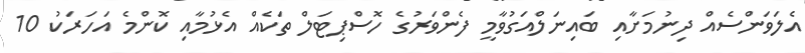
އެލަވަންސެއް ދިނުމަށާއި ބައިނަލްއަގުވާމީ ފެންވަރުގެ ހޮސްޕިޓަލް ތަކެއް އެޅުމާއި ކޮންމެ އަހަރަކު 10